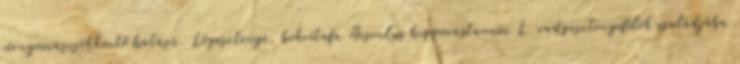
vérnyomáscsökkentő hatású. Lógesztenye, bokrétafa Aesculus hippocastanum L. vadgesztenyefélék családjába